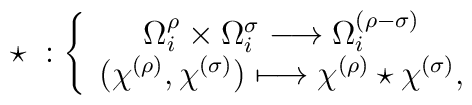
\star\; : \left\{\begin{array}{c}\Omega ^\rho _i\times\Omega ^\sigma _i\longrightarrow \Omega_i ^{(\rho-\sigma)}\\(\chi ^{(\rho )},\chi^{(\sigma )})\longmapsto \chi^{(\rho)}\star\chi^{(\sigma )},\end{array}\right.